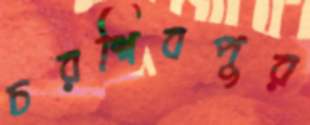
চরশিবপুর